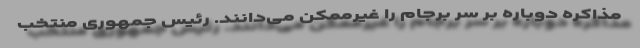
مذاکره دوباره بر سر برجام را غیرممکن می‌دانند. رئیس جمهوری منتخب